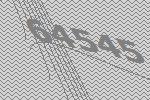
64545